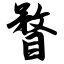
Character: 瞀